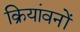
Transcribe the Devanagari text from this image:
क्रियांवनों